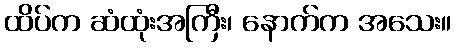
ထိပ်က ဆံထုံးအကြီး၊ နောက်က အသေး။